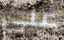
على